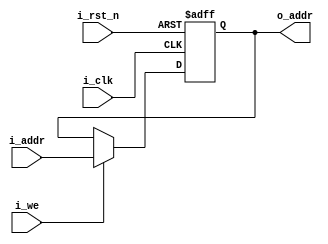
module pc(i_clk,
          i_rst_n,
          i_we,
          i_addr,
          o_addr);
  
input  i_clk, i_rst_n, i_we;
input       [31:0] i_addr;
output reg  [31:0] o_addr;

always @(posedge i_clk or negedge i_rst_n) begin
  if(!i_rst_n)  o_addr <= 0;
  else if(i_we) o_addr <= i_addr;
end
  
endmodule